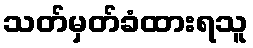
သတ်မှတ်ခံထားရသူ